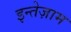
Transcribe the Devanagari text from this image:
इन्तेज़ाम